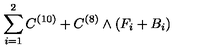
\sum _ { i = 1 } ^ { 2 } C ^ { ( 1 0 ) } + C ^ { ( 8 ) } \wedge ( F _ { i } + B _ { i } )